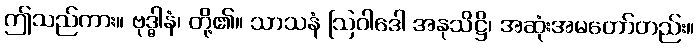
ဤသည်ကား။ ဗုဒ္ဓါနံ၊ တို့၏။ သာသနံ ဩဝါဒေါ အနုသိဋ္ဌိ၊ အဆုံးအမတော်တည်း။